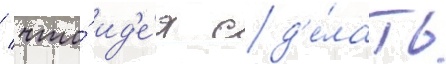
/ что́ ид'е́я сд'е́лать